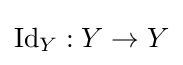
\operatorname {Id} _{Y}:Y\to Y